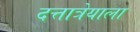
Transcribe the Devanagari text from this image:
दत्तात्रेयाला